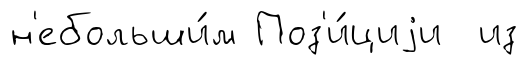
н'ебольши́м Поз'и́циjи из